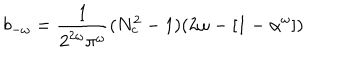
LaTeX: b _ { - \omega } = \frac { 1 } { 2 ^ { 2 \omega } \pi ^ { \omega } } ( N _ { c } ^ { 2 } - 1 ) ( 2 \omega - [ 1 - \alpha ^ { \omega } ] )